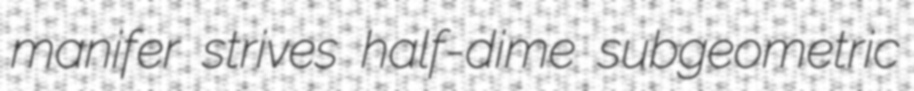
manifer strives half-dime subgeometric